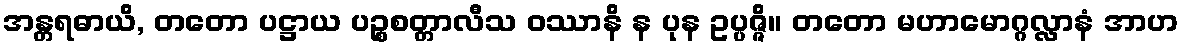
အန္တရဓာယိ, တတော ပဋ္ဌာယ ပဉ္စစတ္တာလီသ ဝဿာနိ န ပုန ဥပ္ပဇ္ဇိ။ တတော မဟာမောဂ္ဂလ္လာနံ အာဟ